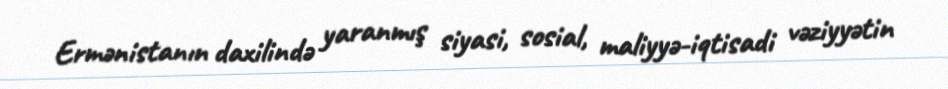
Ermənistanın daxilində yaranmış siyasi, sosial, maliyyə-iqtisadi vəziyyətin